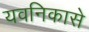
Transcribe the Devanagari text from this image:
यवनिकासे